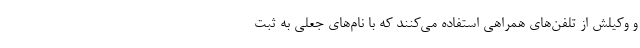
و وکیلش از تلفن‌های همراهی استفاده می‌کنند که با نام‌های جعلی به ثبت